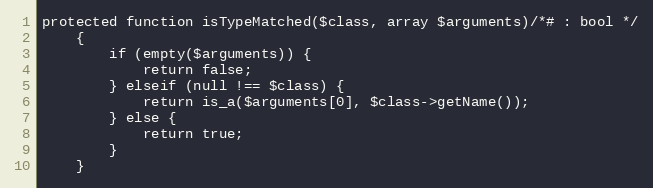
Language: PHP
protected function isTypeMatched($class, array $arguments)/*# : bool */
    {
        if (empty($arguments)) {
            return false;
        } elseif (null !== $class) {
            return is_a($arguments[0], $class->getName());
        } else {
            return true;
        }
    }